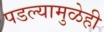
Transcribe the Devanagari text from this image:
पडल्यामुळेही